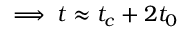
\implies t \approx t _ { c } + 2 t _ { 0 }